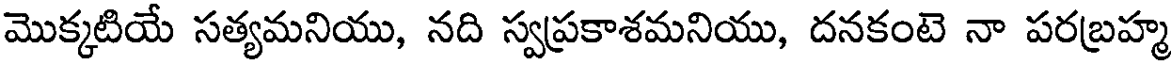
మొక్కటియే సత్యమనియు, నది స్వప్రకాశమనియు, దనకంటె నా పరబ్రహ్మ